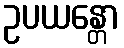
ဥပယန္တော